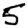
Digit: 5